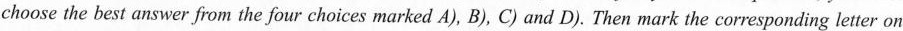
choose the best answer from the four choices marked A), B),C) and D).Then mark the correspondi ng letter on